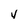
Character: v